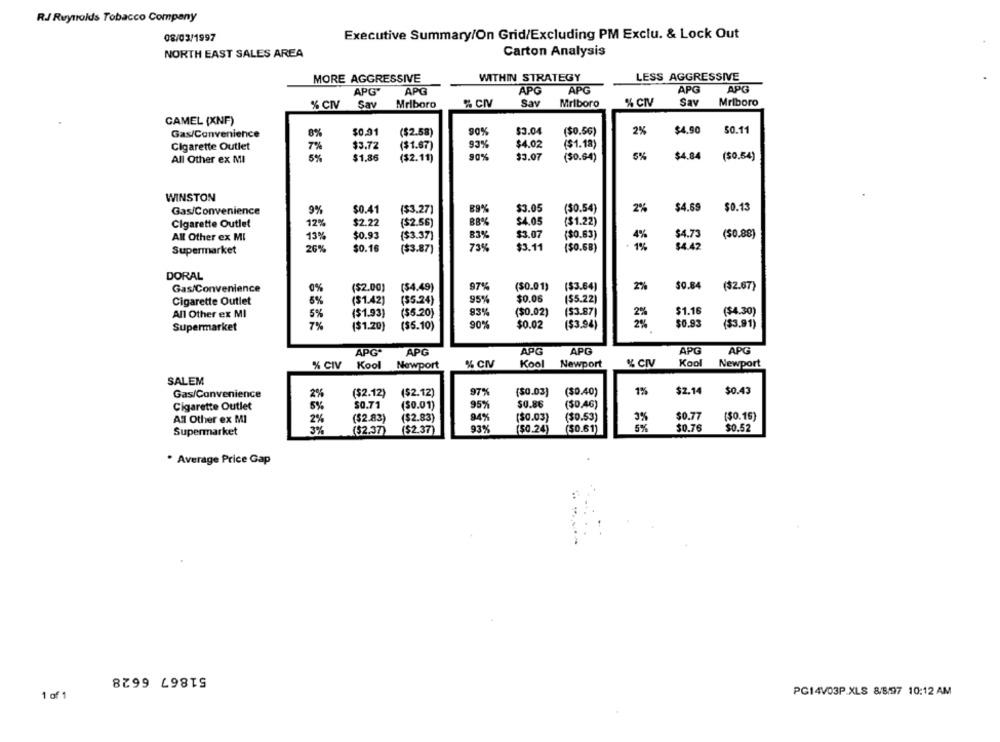
R. Reynolds Tobacco Company
08/03/1997
Executive Summary/On Grid/Excluding PM Exclu. & Lock Out
NORTH EAST SALES AREA
Carton Analysis
MORE AGGRESSIVE
WITHIN STRATEGY
LESS AGGRESSIVE
APG
APG
APG
APG
APG'
APG
Sav
Mriboro
% CIV
Sav
Mriboro
% CIV
Say
Mriboro
% CIV
CAMEL (XNF)
Gas/Convenience
$0.01
($2.58)
90%
$3.04
($0.56)
2%
$4.90
$0.11
8%
Cigarette Outlet
7%
$3.72
($1.67)
93%
$4.02
($1.18)
90%
5%
$4.84
All Other ex MI
5%
$1.86
($2.11)
$3.07
(50.64)
($0.54)
WINSTON
$3.05
(50.54)
2%
$4.69
$0.13
Gas/Convenience
9%
$0.41
($3.27)
$2.22
($2.56)
B8%
$4.05
($1.22)
Cigarette Outlet
12%
All Other ex MI
$0.93
($3.37)
83%
$3.07
($0.83)
4%
$4.73
($0.88)
13%
Supermarket
26%
$0.16
($3.87)
73%
$3.11
($0.68)
1%
$4.42
DORAL
Gas/Convenience
0%
($2.00)
($4.49)
97%
($0.01)
($3.64)
2%
$0.84
($2.67)
Cigarette Outlet
8%
($1.42)
($5.24)
95%
$0.06
($5.22)
83%
($0.02)
($3.87)
$1.16
($4.30)
All Other ex MI
5%
($1.93)
($5.20)
Supermarket
7%
($1.20)
($5.10)
90%
$0.02
($3.94)
$0.93
($3.91)
APG
APG
APG*
APG
APG
APG
% CN
Kool
Newport
% CIV
Kool
Newport
% CIV
Kool Newport
SALEM
Gas/Convenience
($2.12)
($2.12)
97%
($0.03)
($0.40)
1%
$2.14
$0.43
2%
Cigarette Outlet
5%
$0.71
($0.01)
95%
50.86
($0.46)
$0.77
All Other ex MI
($2.83)
($2.83)
94%
($0.03)
($0.53)
($0.16)
($2.37)
($2.37)
93%
(50.24)
($0.61)
5%
$0.76
$0.52
Supermarket
* Average Price Gap
1 of 1
PC14V03P.XLS 8/8/97 10:12 AM